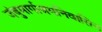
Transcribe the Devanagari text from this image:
जंबुमार्गाश्रमनिवासिन